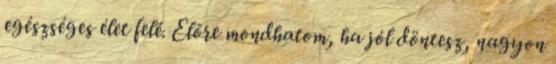
egészséges élet felé. Előre mondhatom, ha jól döntesz, nagyon